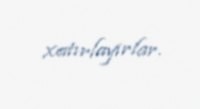
xatırlayırlar.